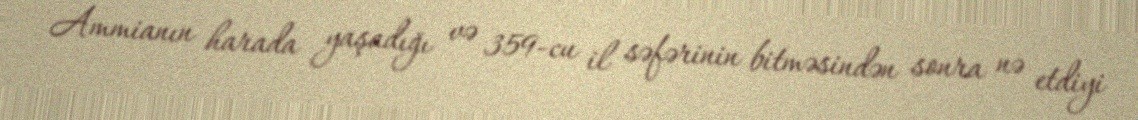
Ammianın harada yaşadığı və 359-cu il səfərinin bitməsindən sonra nə etdiyi